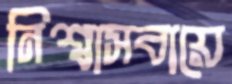
নিশ্বাসবায়ে